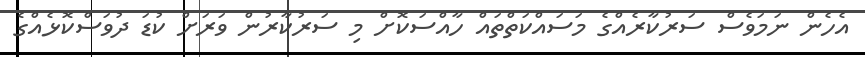
އެހެން ނަމަވެސް ސަރުކާރެއްގެ މަސައްކަތްތައް ހާއްސަކޮށް މި ސަަރުކާރުން ވަރަށް ކުޑަ ދުވަސްކޮޅެއްގެ